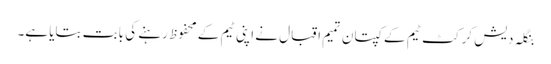
بنگلہ دیش کرکٹ ٹیم کے کپتان تمیم اقبال نے اپنی ٹیم کے محفوظ رہنے کی بابت بتایا ہے۔